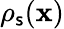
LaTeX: \rho_{\mathsf{s}}({\mathbf{x}})